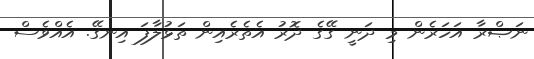
ނަޞްރާ އަހަރެން މި ދަނީ ގޭގެ ދޮރު އެތެރެއިން ތަޅުލާފަ އިނގޭ. އެއްވެސް